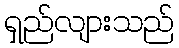
ရှည်လျားသည်